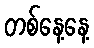
တစ်နေ့နေ့